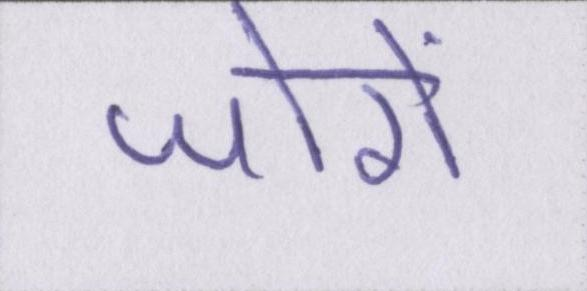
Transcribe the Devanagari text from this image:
जोरों